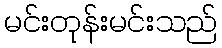
မင်းတုန်းမင်းသည်